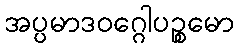
အပ္ပမာဒဝဂ္ဂေါပဉ္စမော